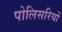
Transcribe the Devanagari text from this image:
पोलिसरियों